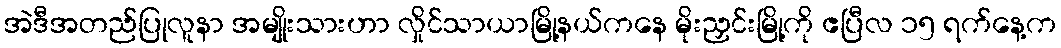
အဲဒီအတည်ပြုလူနာ အမျိုးသားဟာ လှိုင်သာယာမြို့နယ်ကနေ မိုးညှင်းမြို့ကို ဧပြီလ ၁၅ ရက်နေ့က